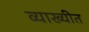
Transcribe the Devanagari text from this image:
व्याख्यीत